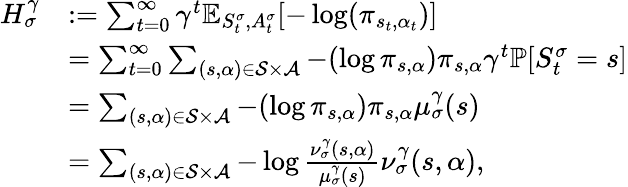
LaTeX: \begin{array}{rl}{H_{\sigma}^{\gamma}}&{:=\sum_{t=0}^{\infty}\gamma^{t}\mathbb{E}_{S_{t}^{\sigma},A_{t}^{\sigma}}[-\log(\pi_{s_{t},\alpha_{t}})]}\\ &{=\sum_{t=0}^{\infty}\sum_{(s,\alpha)\in\mathcal{S}\times\mathcal{A}}-(\log\pi_{s,\alpha})\pi_{s,\alpha}\gamma^{t}\mathbb{P}[S_{t}^{\sigma}=s]}\\ &{=\sum_{(s,\alpha)\in\mathcal{S}\times\mathcal{A}}-(\log\pi_{s,\alpha})\pi_{s,\alpha}\mu_{\sigma}^{\gamma}(s)}\\ &{=\sum_{(s,\alpha)\in\mathcal{S}\times\mathcal{A}}-\log\frac{\nu_{\sigma}^{\gamma}(s,\alpha)}{\mu_{\sigma}^{\gamma}(s)}\nu_{\sigma}^{\gamma}(s,\alpha),}\end{array}